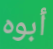
أبوه